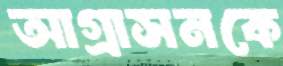
আগ্রাসনকে